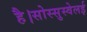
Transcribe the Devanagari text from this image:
है।सोस्सुस्वेलई